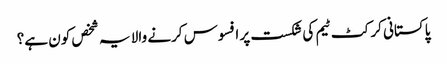
پاکستانی کرکٹ ٹیم کی شکست پر افسوس کرنے والا یہ شخص کون ہے؟